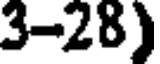
3-28)